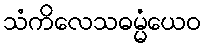
သံကိလေသဓမ္မံယေဝ